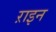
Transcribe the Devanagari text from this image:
ऱाइन